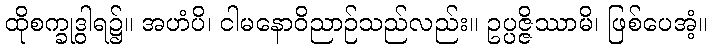
ထိုစက္ခုဒွါရ၌။ အဟံပိ၊ ငါမနောဝိညာဉ်သည်လည်း။ ဥပ္ပဇ္ဇိဿာမိ၊ ဖြစ်ပေအံ့။